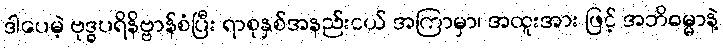
ဒါပေမဲ့ ဗုဒ္ဓပရိနိဗ္ဗာန်စံပြီး ရာစုနှစ်အနည်းငယ် အကြာမှာ၊ အထူးအား ဖြင့် အဘိဓမ္မာနဲ့